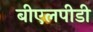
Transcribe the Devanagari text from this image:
बीएलपीडी